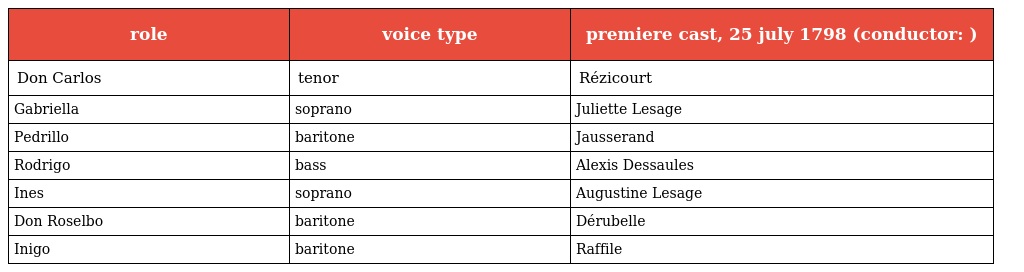
| role | voice type | premiere cast, 25 july 1798 (conductor: ) |
 | --- | --- | --- |
 | Don Carlos | tenor | Rézicourt |
 | Gabriella | soprano | Juliette Lesage |
 | Pedrillo | baritone | Jausserand |
 | Rodrigo | bass | Alexis Dessaules |
 | Ines | soprano | Augustine Lesage |
 | Don Roselbo | baritone | Dérubelle |
 | Inigo | baritone | Raffile |